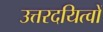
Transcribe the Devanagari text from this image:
उत्तरदयित्वों